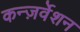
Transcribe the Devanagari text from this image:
कन्ज़र्वेशन